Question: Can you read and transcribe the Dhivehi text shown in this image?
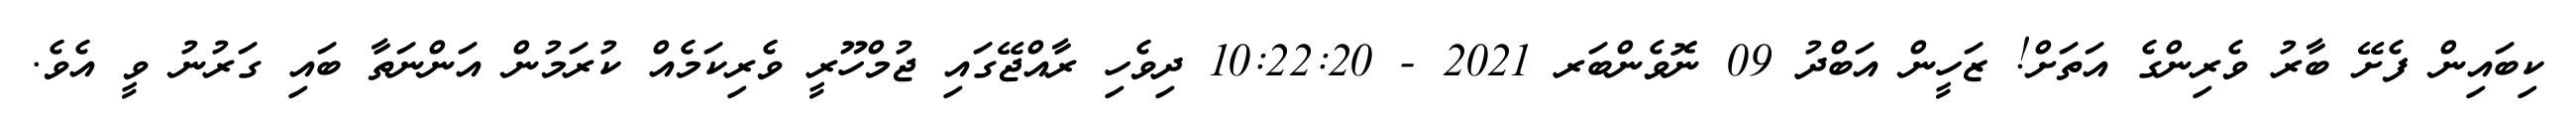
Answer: ކިބައިން ފެށޭ ބާރު ވެރިންގެ އަތަށް! ޒަހީން އަބްދު 09 ނޮވެންބަރ 2021 - 10:22:20 ދިވެހި ރާއްޖޭގައި ޖުމްހޫރީ ވެރިކަމެއް ކުރަމުން އަންނަތާ ބައި ގަރުނު ވީ އެވެ.